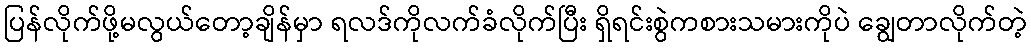
ပြန်လိုက်ဖို့မလွယ်တော့ချိန်မှာ ရလဒ်ကိုလက်ခံလိုက်ပြီး ရှိရင်းစွဲကစားသမားကိုပဲ ချွေတာလိုက်တဲ့